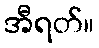
အီရတ်။